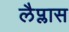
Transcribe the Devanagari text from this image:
लैप्लास